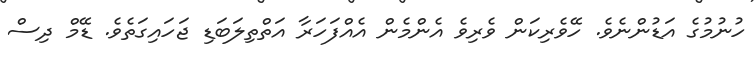
ހުނުމުގެ އަޑުންނެވެ. ހޭވެރިކަން ވެރިވެ އެންމެން އެއްފަހަރާ އަތްތިލަބަޑި ޖަހައިގަތެވެ. ޑޭމް ދިސް